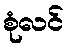
စုံလင်